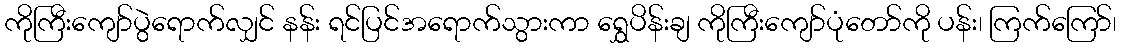
ကိုကြီးကျော်ပွဲရောက်လျှင် နန်း ရင်ပြင်အရောက်သွားကာ ရွှေပိန်းချ ကိုကြီးကျော်ပုံတော်ကို ပန်း၊ ကြက်ကြော်၊